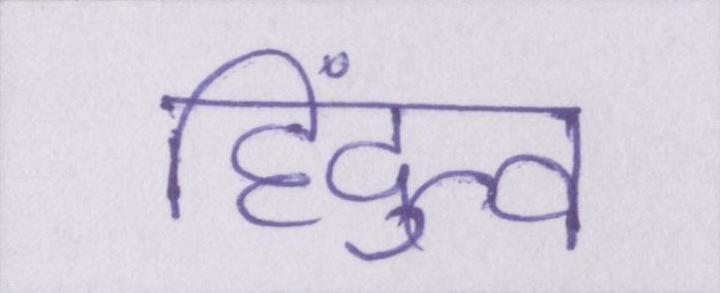
हिंदुत्व